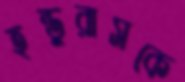
হন্ডুরাসকে